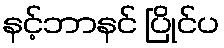
နင့်ဘာနင် ပြိုင်ပ